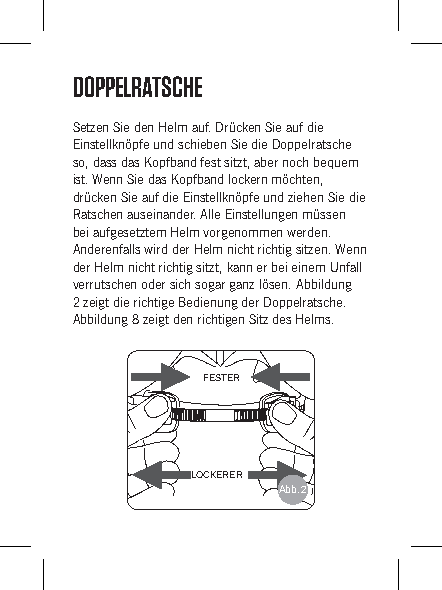
DOPPELRATSCHE
 Setzen Sie den Helm auf. Drücken Sie auf die
 Einstellknöpfe und schieben Sie die Doppelratsche
 so, dass das Kopfband fest sitzt, aber noch bequem
 ist. Wenn Sie das Kopfband lockern möchten,
 drücken Sie auf die Einstellknöpfe und ziehen Sie die
 Ratschen auseinander. Alle Einstellungen müssen
 bei aufgesetztem Helm vorgenommen werden.
 Anderenfalls wird der Helm nicht richtig sitzen. Wenn
 der Helm nicht richtig sitzt, kann er bei einem Unfall
 verrutschen oder sich sogar ganz lösen. Abbildung
 2 zeigt die richtige Bedienung der Doppelratsche.
 Abbildung 8 zeigt den richtigen Sitz des Helms.
 FESTER
 LOCKERER
 Abb. 2